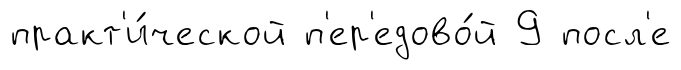
практ'и́ческой п'ер'едово́й 9 посл'е